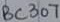
Text: BC307